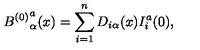
{ B ^ { ( 0 ) } } _ { \alpha } ^ { a } ( x ) = \sum _ { i = 1 } ^ { n } D _ { i \alpha } ( x ) I _ { i } ^ { a } ( 0 ) ,